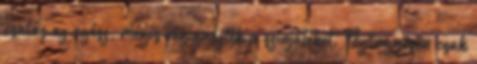
csalás az egész, mégis végignézték a színjátékot. Gyöngyösön csak